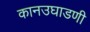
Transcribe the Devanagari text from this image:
कानउघाडणी